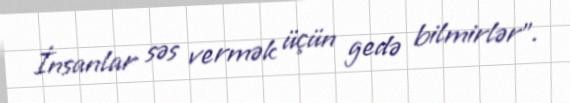
İnsanlar səs vermək üçün gedə bilmirlər”.